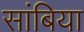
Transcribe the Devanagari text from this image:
सांबिया